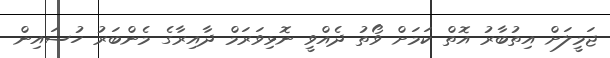
ޖަމީލަށް އިތުބާރު އޮތް ކަމަށް ވޯތު ދެއްވީ ނޮޅިވަރަމް ދާއިރާގެ މެންބަރު ހުސައިން